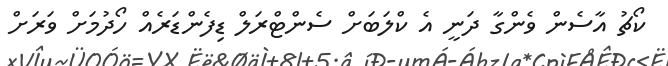
ކޯޗު އާސެން ވެންގާ ދަނީ އެ ކްލަބަށް ސެންޓްރަލް ޑިފެންޑަރެއް ހޯދުމަށް ވަރަށް